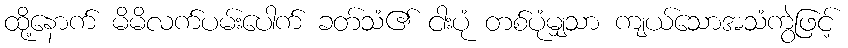
ထို့နောက် မိမိလက်ပမ်းပေါက် ခတ်သံ၏ ငါးပုံ တစ်ပုံမျှသာ ကျယ်သောအသံကွဲဖြင့်